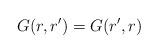
LaTeX: \begin{align*}G(r,r^\prime) = G(r^\prime , r)\end{align*}